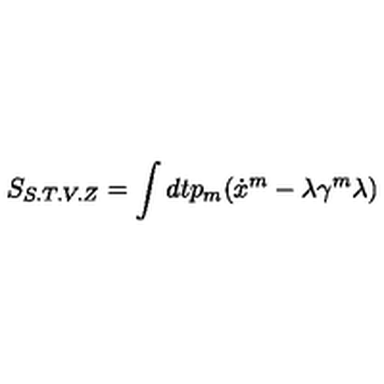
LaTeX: S _ { S . T . V . Z } = \int d t p _ { m } ( \dot { x } ^ { m } - \lambda \gamma ^ { m } \lambda )